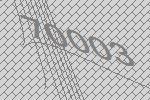
70003